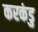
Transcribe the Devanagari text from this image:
करकंडु